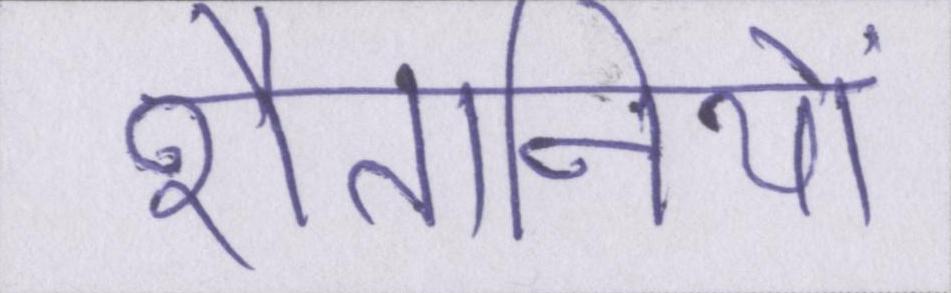
शैतानियों